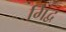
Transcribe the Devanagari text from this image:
गिद्व